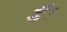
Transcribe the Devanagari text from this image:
डॅा